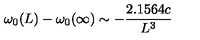
\omega _ { 0 } ( L ) - \omega _ { 0 } ( \infty ) \sim - { \frac { 2 . 1 5 6 4 c } { L ^ { 3 } } }